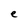
Character: e